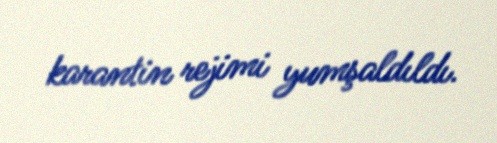
karantin rejimi yumşaldıldı.